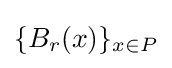
\{B_{r}(x)\}_{x\in P}